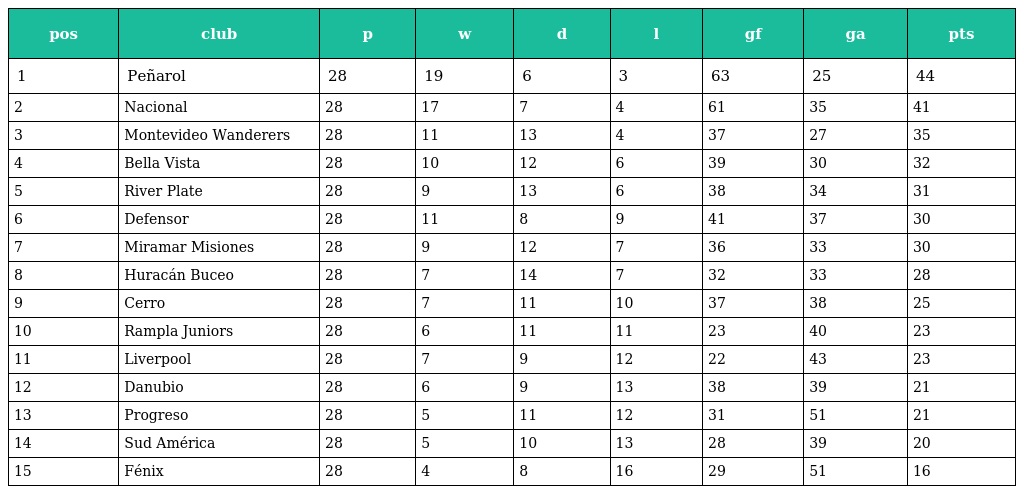
| pos | club | p | w | d | l | gf | ga | pts |
 | --- | --- | --- | --- | --- | --- | --- | --- | --- |
 | 1 | Peñarol | 28 | 19 | 6 | 3 | 63 | 25 | 44 |
 | 2 | Nacional | 28 | 17 | 7 | 4 | 61 | 35 | 41 |
 | 3 | Montevideo Wanderers | 28 | 11 | 13 | 4 | 37 | 27 | 35 |
 | 4 | Bella Vista | 28 | 10 | 12 | 6 | 39 | 30 | 32 |
 | 5 | River Plate | 28 | 9 | 13 | 6 | 38 | 34 | 31 |
 | 6 | Defensor | 28 | 11 | 8 | 9 | 41 | 37 | 30 |
 | 7 | Miramar Misiones | 28 | 9 | 12 | 7 | 36 | 33 | 30 |
 | 8 | Huracán Buceo | 28 | 7 | 14 | 7 | 32 | 33 | 28 |
 | 9 | Cerro | 28 | 7 | 11 | 10 | 37 | 38 | 25 |
 | 10 | Rampla Juniors | 28 | 6 | 11 | 11 | 23 | 40 | 23 |
 | 11 | Liverpool | 28 | 7 | 9 | 12 | 22 | 43 | 23 |
 | 12 | Danubio | 28 | 6 | 9 | 13 | 38 | 39 | 21 |
 | 13 | Progreso | 28 | 5 | 11 | 12 | 31 | 51 | 21 |
 | 14 | Sud América | 28 | 5 | 10 | 13 | 28 | 39 | 20 |
 | 15 | Fénix | 28 | 4 | 8 | 16 | 29 | 51 | 16 |